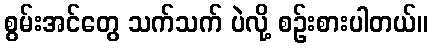
စွမ်းအင်တွေ သက်သက် ပဲလို့ စဉ်းစားပါတယ်။